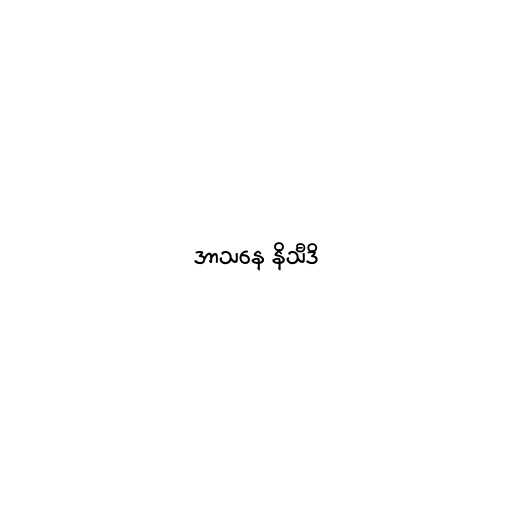
အာသနေ နိသီဒိ